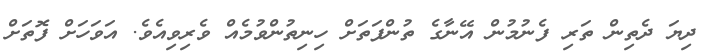
ދިޔަ ދެތިން ތަރި ފެނުމުން އޭނާގެ ތުންފަތަށް ހިނިތުންވުމެއް ވެރިވިއެވެ. އަވަހަށް ފޮތަށް